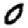
Digit: 0